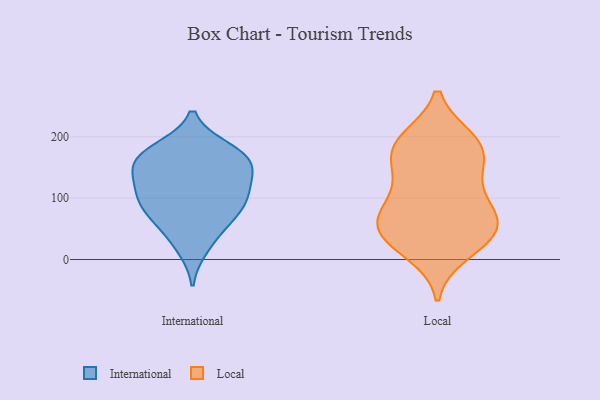
{"axis": {"x": "Temperature (°C)", "y": "Value"}, "legend": ["International", "Local"], "data": [{"x": "", "y": 107, "type": "International"}, {"x": "", "y": 166, "type": "International"}, {"x": "", "y": 180, "type": "International"}, {"x": "", "y": 121, "type": "International"}, {"x": "", "y": 46, "type": "International"}, {"x": "", "y": 79, "type": "International"}, {"x": "", "y": 160, "type": "International"}, {"x": "", "y": 19, "type": "International"}, {"x": "", "y": 150, "type": "International"}, {"x": "", "y": 156, "type": "International"}, {"x": "", "y": 69, "type": "International"}, {"x": "", "y": 96, "type": "International"}, {"x": "", "y": 179, "type": "International"}, {"x": "", "y": 91, "type": "International"}, {"x": "", "y": 129, "type": "International"}, {"x": "", "y": 12, "type": "Local"}, {"x": "", "y": 94, "type": "Local"}, {"x": "", "y": 122, "type": "Local"}, {"x": "", "y": 185, "type": "Local"}, {"x": "", "y": 74, "type": "Local"}, {"x": "", "y": 52, "type": "Local"}, {"x": "", "y": 28, "type": "Local"}, {"x": "", "y": 77, "type": "Local"}, {"x": "", "y": 37, "type": "Local"}, {"x": "", "y": 195, "type": "Local"}, {"x": "", "y": 185, "type": "Local"}, {"x": "", "y": 148, "type": "Local"}, {"x": "", "y": 157, "type": "Local"}, {"x": "", "y": 192, "type": "Local"}, {"x": "", "y": 50, "type": "Local"}, {"x": "", "y": 56, "type": "Local"}]}